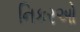
નિકરઓ